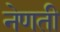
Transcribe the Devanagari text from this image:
नेणती